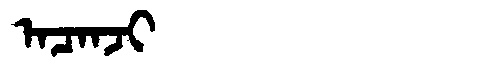
Manchu: ᠠᠴᠠᠨᠵᡳ
Romanization: ACANJI